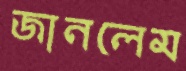
জানলেম